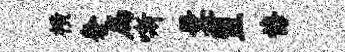
横奢扁嘶曩盟悔